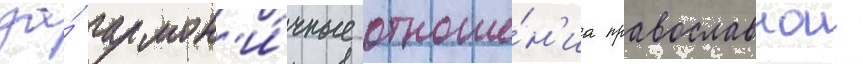
за́ гармон'и́чные отноше́н'иа православнои